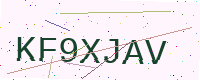
Text: KF9XJAV